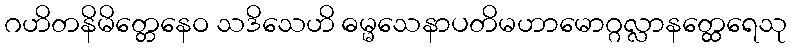
ဂဟိတနိမိတ္တေနေဝ သဒိသေဟိ ဓမ္မသေနာပတိမဟာမောဂ္ဂလ္လာနတ္ထေရေသု